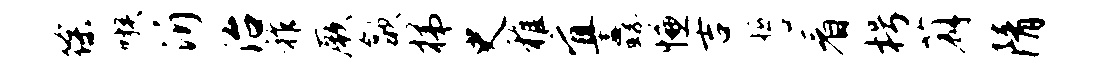
徐嗾沂治祚厥歙梯史稚宜纛慊吉誓看枵薜隋